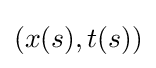
(x(s),t(s))